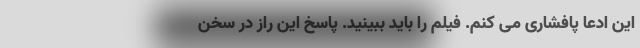
این ادعا پافشاری می کنم. فیلم را باید ببینید. پاسخ این راز در سخن